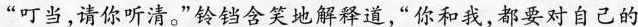
”叮当，请你听清。”铃铛含笑地解释道，”你和我，都要对自己的